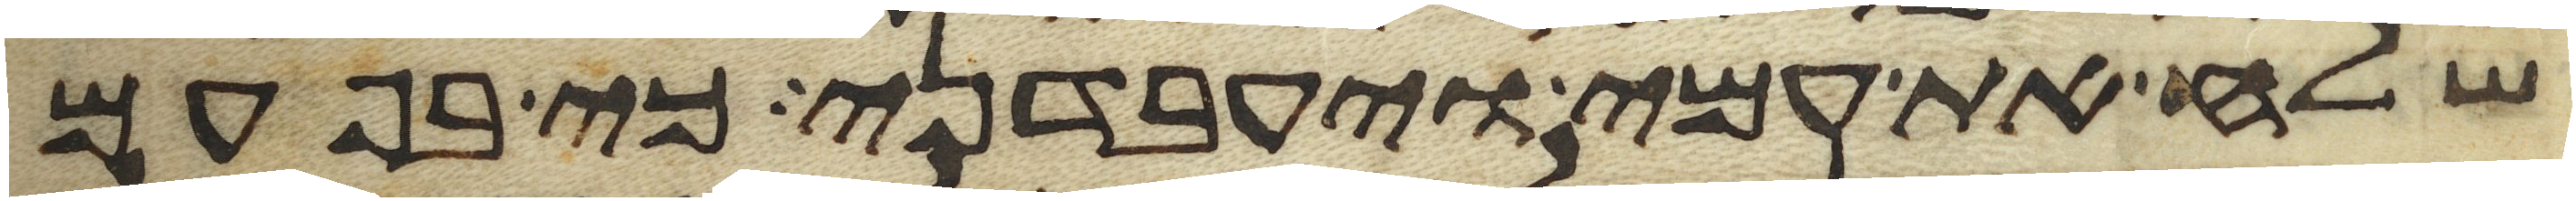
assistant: שלח את עמי ויעבדני כי בפעם